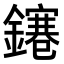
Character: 𨭙